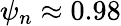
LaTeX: \psi_{n}\approx 0.98